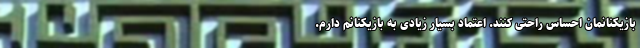
بازیکنانمان احساس راحتی کنند. اعتماد بسیار زیادی به بازیکنانم دارم.